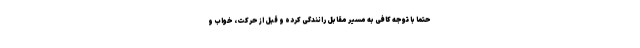
حتما با توجه کافی به مسیر مقابل رانندگی کرده و قبل از حرکت، خواب و